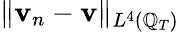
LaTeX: \lVert\mathbf{v}_{n}-\mathbf{v}\rVert_{L^{4}(\mathbb{Q}_{T})}